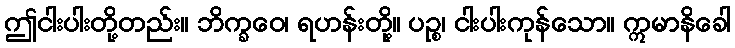
ဤငါးပါးတို့တည်း။ ဘိက္ခဝေ၊ ရဟန်းတို့။ ပဉ္စ၊ ငါးပါးကုန်သော။ ဣမာနိခေါ